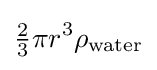
{\tfrac {2}{3}}\pi r^{3}\rho _{\text{water}}